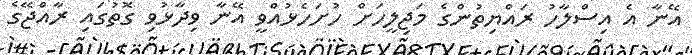
އޭނާ އެ އިސްލާހު ރައްޔިތުންގެ މަޖިލީހަށް ހުށަހެޅުއްވީ އޭނާ ވިދާޅުވި ގޮތުގައި ރާއްޖޭގެ